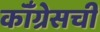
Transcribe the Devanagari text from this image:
कॉँग्रेसची